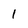
Character: 1